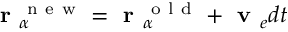
\textbf { r } _ { \alpha } ^ { \mathrm { ~ n ~ e ~ w ~ } } = \textbf { r } _ { \alpha } ^ { \mathrm { ~ o ~ l ~ d ~ } } + \textbf { v } _ { e } d t